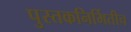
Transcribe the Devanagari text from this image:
पुस्तकनिर्मितीच